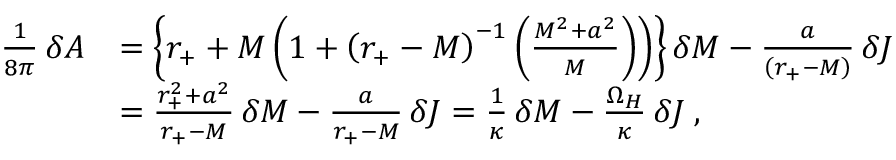
\begin{array} { l l } { { { \frac { 1 } { 8 \pi } } \, \delta A } } & { { = \left\{ r _ { + } + M \left( 1 + { \left( r _ { + } - M \right) } ^ { - 1 } \left( \frac { M ^ { 2 } + a ^ { 2 } } { M } \right) \right) \right\} \delta M - \frac { a } { \left( r _ { + } - M \right) } \, \delta J } } \\ { { } } & { { = \frac { r _ { + } ^ { 2 } + a ^ { 2 } } { r _ { + } - M } \, \delta M - \frac { a } { r _ { + } - M } \, \delta J = { \frac { 1 } { \kappa } } \, \delta M - \frac { \Omega _ { H } } { \kappa } \, \delta J \; , } } \end{array}